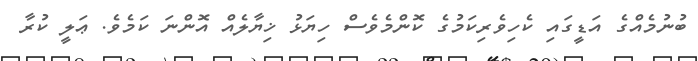
ބުނުމެއްގެ އަޑީގައި ކެހިވެރިކަމުގެ ކޮންމެވެސް ހިޔަޅު ޚިޔާލެއް އޮންނަ ކަމެވެ. ޢަލީ ކުރާ